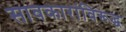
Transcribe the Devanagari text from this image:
सावकारांविरूद्ध